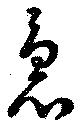
急